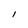
Character: l